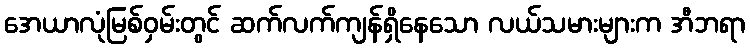
အေယာလုံမြစ်ဝှမ်းတွင် ဆက်လက်ကျန်ရှိနေသော လယ်သမားများက အီဘရာ